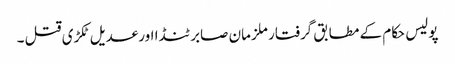
پولیس حکام کے مطابق گرفتار ملزمان صابر ٹنڈا اورعدیل ٹکڑی قتل ۔